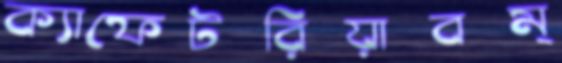
ক্যাফেটরিয়াবম্